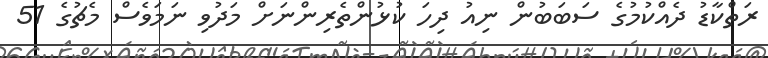
ރަތްކާޑު ދެއްކުމުގެ ސަބަބުން ނިއު ދިހަ ކުޅުންތެރިންނަށް މަދުވި ނަމަވެސް މެޗުގެ 51